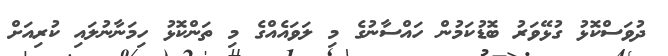
ދުވަސްކޮޅު ގުޅޭވަރު ބޮޑުކަމުން ހައްސާނުގެ މި ލަވައެއްގެ މި ތަންކޮޅު ހިމަނާނުލައި ކުރިއަށް